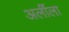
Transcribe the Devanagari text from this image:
अर्लीला